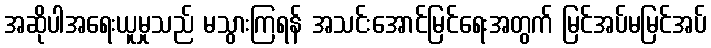
အဆိုပါအရေးယူမှုသည် မသွားကြရန် အသင်းအောင်မြင်ရေးအတွက် မြင်အပ်မမြင်အပ်